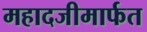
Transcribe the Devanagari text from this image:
महादजीमार्फत